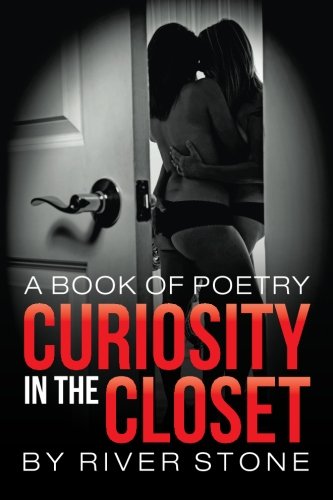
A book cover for Curiosity in the Closet: a book of poetry; River Stone; Gay & Lesbian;